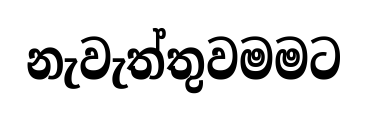
නැවැත්තුවමමට